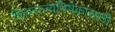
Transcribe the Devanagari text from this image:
शिवराज्यभिषेकासाठी